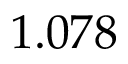
\phantom { - } 1 . 0 7 8